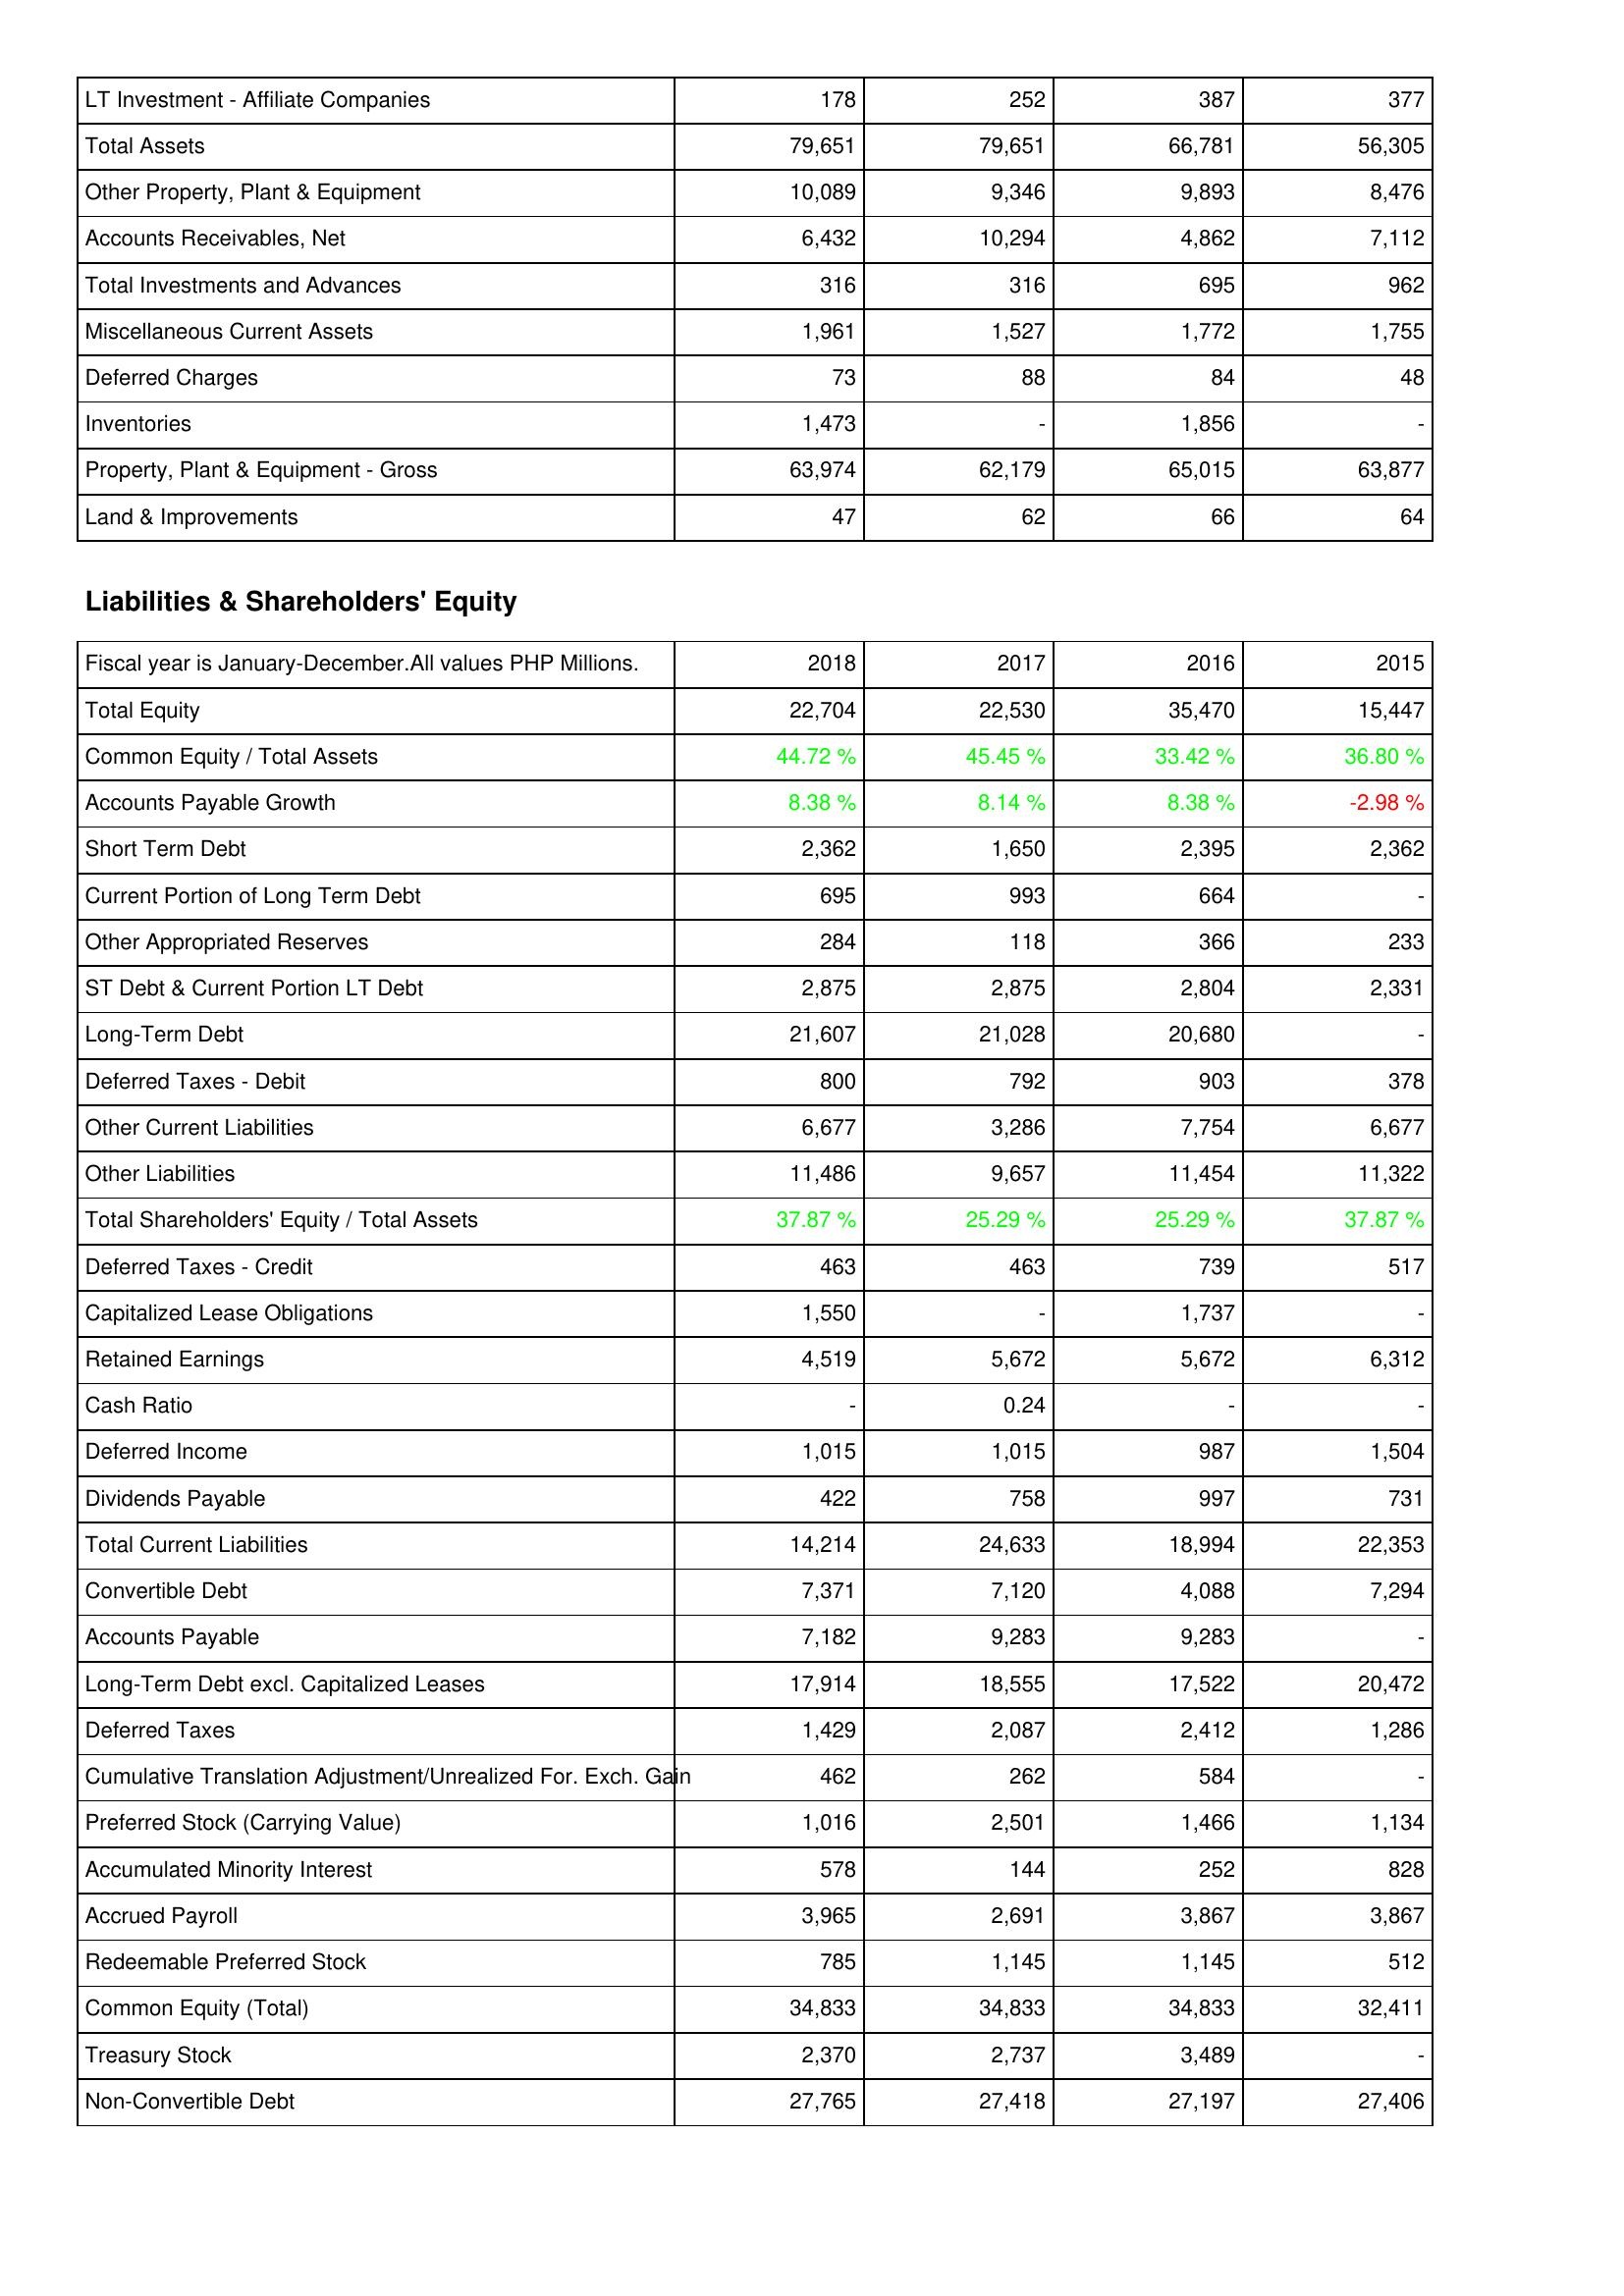
2018: Assets: LT Investment - Affiliate Companies: 178
Total Assets: 79,651
Other Property, Plant & Equipment: 10,089
Accounts Receivables, Net: 6,432
Total Investments and Advances: 316
Miscellaneous Current Assets: 1,961
Deferred Charges: 73
Inventories: 1,473
Property, Plant & Equipment - Gross: 63,974
Land & Improvements: 47
Liabilities & Shareholders' Equity: Total Equity: 22,704
Common Equity / Total Assets: 44.72 %
Accounts Payable Growth: 8.38 %
Short Term Debt: 2,362
Current Portion of Long Term Debt: 695
Other Appropriated Reserves: 284
ST Debt & Current Portion LT Debt: 2,875
Long-Term Debt: 21,607
Deferred Taxes - Debit: 800
Other Current Liabilities: 6,677
Other Liabilities: 11,486
Total Shareholders' Equity / Total Assets: 37.87 %
Deferred Taxes - Credit: 463
Capitalized Lease Obligations: 1,550
Retained Earnings: 4,519
Cash Ratio: -
Deferred Income: 1,015
Dividends Payable: 422
Total Current Liabilities: 14,214
Convertible Debt: 7,371
Accounts Payable: 7,182
Long-Term Debt excl. Capitalized Leases: 17,914
Deferred Taxes: 1,429
Cumulative Translation Adjustment/Unrealized For. Exch. Gain: 462
Preferred Stock (Carrying Value): 1,016
Accumulated Minority Interest: 578
Accrued Payroll: 3,965
Redeemable Preferred Stock: 785
Common Equity (Total): 34,833
Treasury Stock: 2,370
Non-Convertible Debt: 27,765
2017: Assets: LT Investment - Affiliate Companies: 252
Total Assets: 79,651
Other Property, Plant & Equipment: 9,346
Accounts Receivables, Net: 10,294
Total Investments and Advances: 316
Miscellaneous Current Assets: 1,527
Deferred Charges: 88
Inventories: -
Property, Plant & Equipment - Gross: 62,179
Land & Improvements: 62
Liabilities & Shareholders' Equity: Total Equity: 22,530
Common Equity / Total Assets: 45.45 %
Accounts Payable Growth: 8.14 %
Short Term Debt: 1,650
Current Portion of Long Term Debt: 993
Other Appropriated Reserves: 118
ST Debt & Current Portion LT Debt: 2,875
Long-Term Debt: 21,028
Deferred Taxes - Debit: 792
Other Current Liabilities: 3,286
Other Liabilities: 9,657
Total Shareholders' Equity / Total Assets: 25.29 %
Deferred Taxes - Credit: 463
Capitalized Lease Obligations: -
Retained Earnings: 5,672
Cash Ratio: 0.24
Deferred Income: 1,015
Dividends Payable: 758
Total Current Liabilities: 24,633
Convertible Debt: 7,120
Accounts Payable: 9,283
Long-Term Debt excl. Capitalized Leases: 18,555
Deferred Taxes: 2,087
Cumulative Translation Adjustment/Unrealized For. Exch. Gain: 262
Preferred Stock (Carrying Value): 2,501
Accumulated Minority Interest: 144
Accrued Payroll: 2,691
Redeemable Preferred Stock: 1,145
Common Equity (Total): 34,833
Treasury Stock: 2,737
Non-Convertible Debt: 27,418
2016: Assets: LT Investment - Affiliate Companies: 387
Total Assets: 66,781
Other Property, Plant & Equipment: 9,893
Accounts Receivables, Net: 4,862
Total Investments and Advances: 695
Miscellaneous Current Assets: 1,772
Deferred Charges: 84
Inventories: 1,856
Property, Plant & Equipment - Gross: 65,015
Land & Improvements: 66
Liabilities & Shareholders' Equity: Total Equity: 35,470
Common Equity / Total Assets: 33.42 %
Accounts Payable Growth: 8.38 %
Short Term Debt: 2,395
Current Portion of Long Term Debt: 664
Other Appropriated Reserves: 366
ST Debt & Current Portion LT Debt: 2,804
Long-Term Debt: 20,680
Deferred Taxes - Debit: 903
Other Current Liabilities: 7,754
Other Liabilities: 11,454
Total Shareholders' Equity / Total Assets: 25.29 %
Deferred Taxes - Credit: 739
Capitalized Lease Obligations: 1,737
Retained Earnings: 5,672
Cash Ratio: -
Deferred Income: 987
Dividends Payable: 997
Total Current Liabilities: 18,994
Convertible Debt: 4,088
Accounts Payable: 9,283
Long-Term Debt excl. Capitalized Leases: 17,522
Deferred Taxes: 2,412
Cumulative Translation Adjustment/Unrealized For. Exch. Gain: 584
Preferred Stock (Carrying Value): 1,466
Accumulated Minority Interest: 252
Accrued Payroll: 3,867
Redeemable Preferred Stock: 1,145
Common Equity (Total): 34,833
Treasury Stock: 3,489
Non-Convertible Debt: 27,197
2015: Assets: LT Investment - Affiliate Companies: 377
Total Assets: 56,305
Other Property, Plant & Equipment: 8,476
Accounts Receivables, Net: 7,112
Total Investments and Advances: 962
Miscellaneous Current Assets: 1,755
Deferred Charges: 48
Inventories: -
Property, Plant & Equipment - Gross: 63,877
Land & Improvements: 64
Liabilities & Shareholders' Equity: Total Equity: 15,447
Common Equity / Total Assets: 36.80 %
Accounts Payable Growth: -2.98 %
Short Term Debt: 2,362
Current Portion of Long Term Debt: -
Other Appropriated Reserves: 233
ST Debt & Current Portion LT Debt: 2,331
Long-Term Debt: -
Deferred Taxes - Debit: 378
Other Current Liabilities: 6,677
Other Liabilities: 11,322
Total Shareholders' Equity / Total Assets: 37.87 %
Deferred Taxes - Credit: 517
Capitalized Lease Obligations: -
Retained Earnings: 6,312
Cash Ratio: -
Deferred Income: 1,504
Dividends Payable: 731
Total Current Liabilities: 22,353
Convertible Debt: 7,294
Accounts Payable: -
Long-Term Debt excl. Capitalized Leases: 20,472
Deferred Taxes: 1,286
Cumulative Translation Adjustment/Unrealized For. Exch. Gain: -
Preferred Stock (Carrying Value): 1,134
Accumulated Minority Interest: 828
Accrued Payroll: 3,867
Redeemable Preferred Stock: 512
Common Equity (Total): 32,411
Treasury Stock: -
Non-Convertible Debt: 27,406